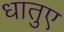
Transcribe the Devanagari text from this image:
धातुए